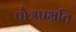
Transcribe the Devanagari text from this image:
पौत्रप्रभ्रति